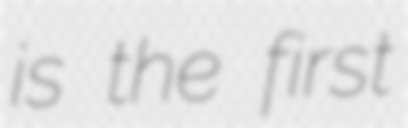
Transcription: is the first